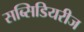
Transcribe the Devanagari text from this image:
सब्सिडियरीज